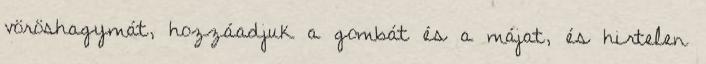
vöröshagymát, hozzáadjuk a gombát és a májat, és hirtelen